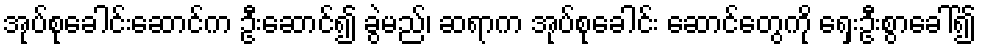
အုပ်စုခေါင်းဆောင်က ဦးဆောင်၍ ခွဲမည်၊ ဆရာက အုပ်စုခေါင်း ဆောင်တွေကို ရှေးဦးစွာခေါ်၍